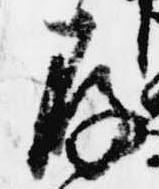
存